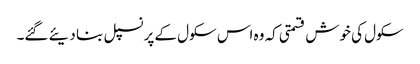
سکول کی خوش قسمتی کہ وہ اس سکول کے پرنسپل بنا دیئے گئے۔